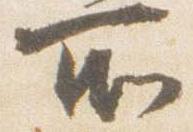
所